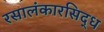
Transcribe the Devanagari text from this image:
रसालंकारसिद्ध